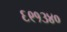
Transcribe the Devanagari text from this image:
६९१३४०